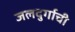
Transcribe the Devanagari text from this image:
जलदुर्गाची